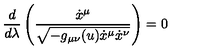
\frac { d } { d \lambda } \left( \frac { \dot { x } ^ { \mu } } { \sqrt { - g _ { \mu \nu } ( u ) \dot { x } ^ { \mu } \dot { x } ^ { \nu } } } \right) = 0